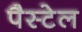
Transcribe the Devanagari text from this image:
पैस्टेल